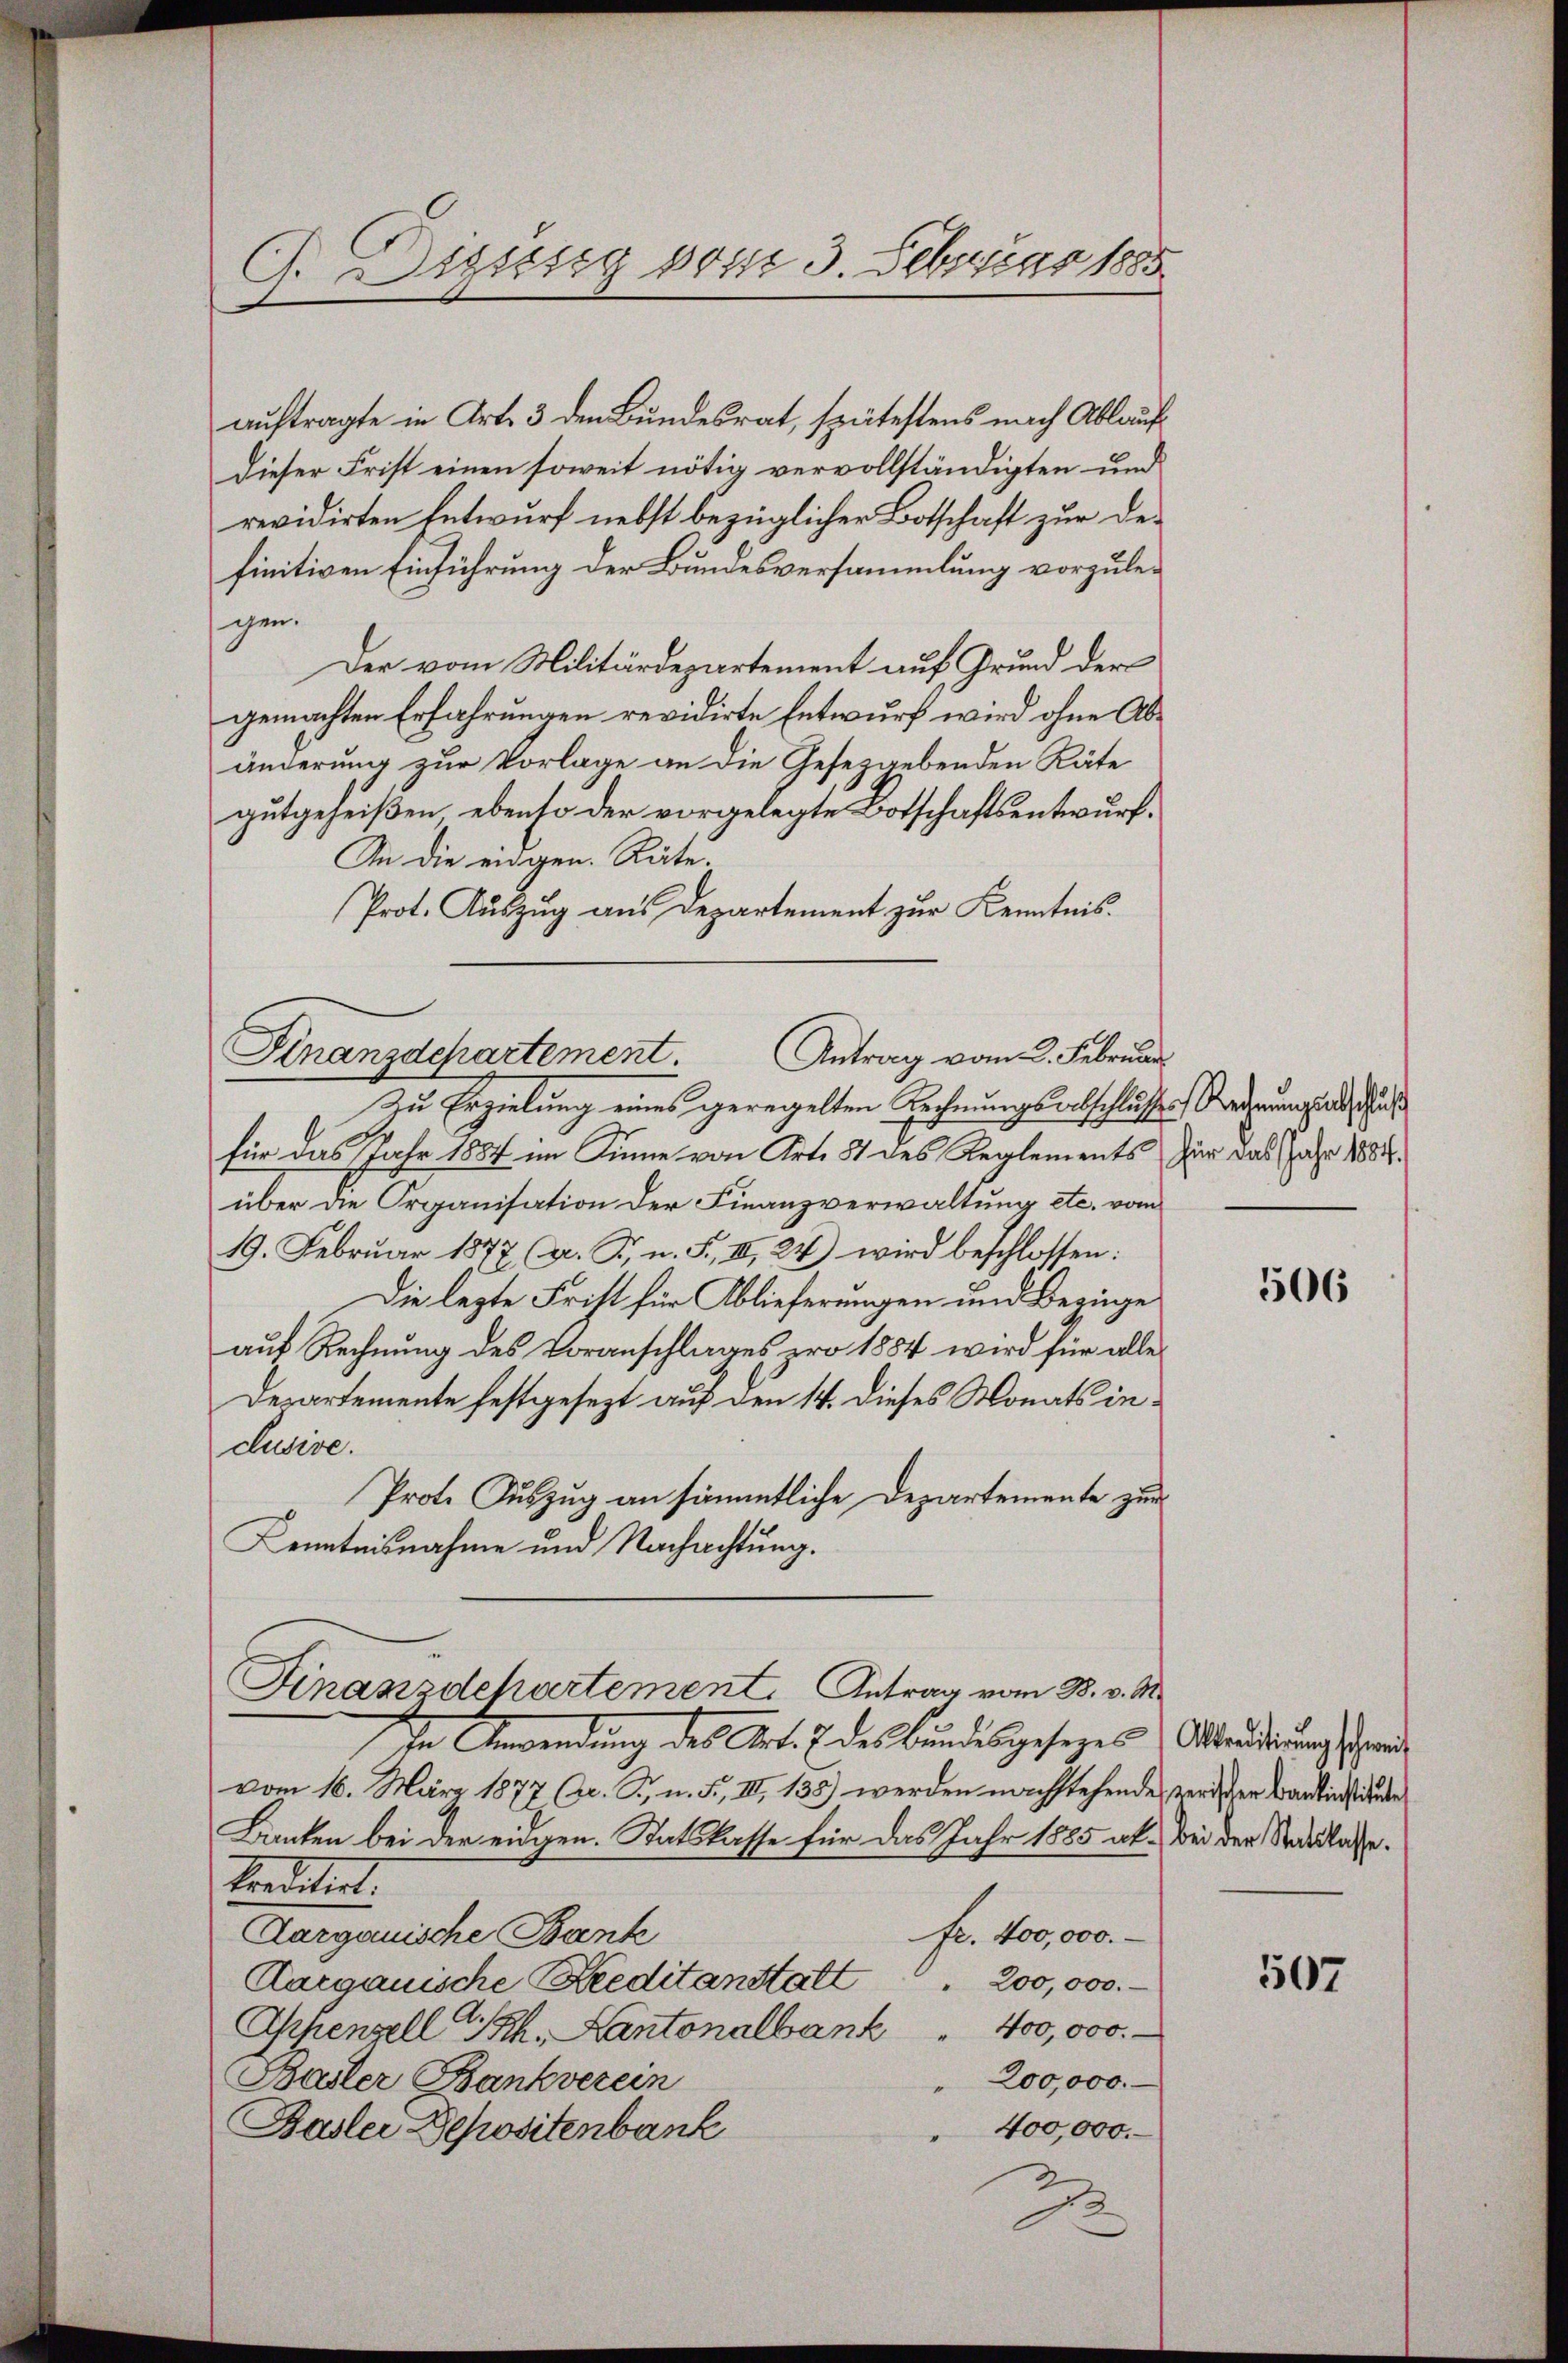
auftragte in Art. 3 den Bundesrat, spätestens nach Ablauf¬
Dieser Frist einen soweit nötig vervollständigten und
revidirten Entwurf nebst bezüglicher Botschaft zur des
finitiven Einführung der Bundesversammlung vorzulegen.
Der vom Militärdepartement auf Grund der
gemachten Erfahrungen revidirte Entwurf wird ohne Abänderung zur Vorlage an die Gesetzgebenden Räte
gutgeheißen, ebenso der vorgelegte Botschaftsentwurf.
An die eingen. Räte.
Prot. Auszug aus Departement zur Kenntnis.
Finanzdepartement Antrag vom 2. Februar
Zu Erzielung eines geregelten Rechnungsabschlusses Rederung und Gut
für das Jahr 1887 im Sinne von Art. 54 des Reglements für das Jahr 1882.
über die Organisation der Finanzverwaltung etc. vom
19. Febrŭar 1877 (d. R. n. F. II, 24) wird beschlossen:
Die lezte Frist für Ablieferungen und Beginge
auf Rechnung des Voranschlages pro 1884 wird für alle
Departemente festgesezt auf den 14. dieses Monats inclusive.
Prot. Auszug an sämmtliche Departemente zur
Kenntnisnahme und Nachachtung.

G. Dissesig vom 3. Februar 1885

Finandchartement. Antrag vom 28. v. M.

in Anwendung des Art. 7 des Bundesgesezes Altarderung schrei
vom 16. März 1877 (Ar. T., n. F., III 138) werden nachstehende, zerischen Baustinstände
Banten bei der eidgen. Satskasse für das Jahr 1885 ab. Bei der Staatslasse
kreditirt.
Aargauische Bank
fr. 400,000.
200,000.
Cargauische Kreditanstalt
400,000.
Appenzell Sch. Kantonalbank
200,000.
Badler Bankverein
400,000.
Basler Depositenbank
2

506

507